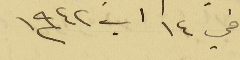
في ١٤ آب سنة ١٩٤٢